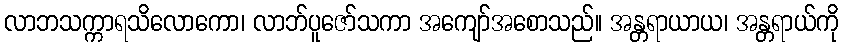
လာဘသက္ကာရသိလောကော၊ လာဘ်ပူဇော်သကာ အကျော်အစောသည်။ အန္တရာယာယ၊ အန္တရာယ်ကို